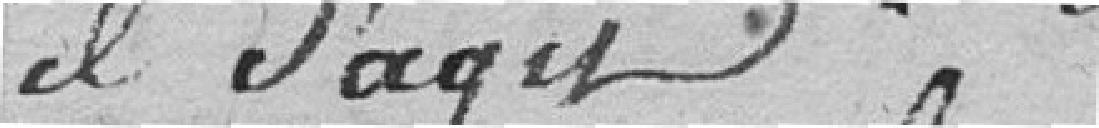
il s'agit :